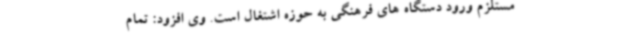
مستلزم ورود دستگاه های فرهنگی به حوزه اشتغال است. وی افزود: تمام